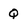
Character: Q